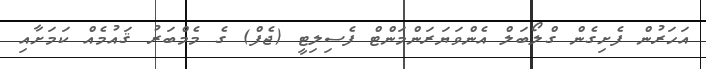
އަހަރުން ފެށިގެން ގްލޯބަލް އެންވަޔަރަންމަންޓް ފެސިލިޓީ (ޖެފް) ގެ މެމްބަރު ޤައުމެއް ކަމަށާއި